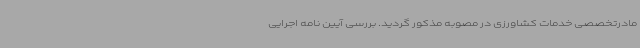
مادرتخصصی خدمات کشاورزی در مصوبه مذکور گردید. بررسی آیین نامه اجرایی